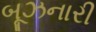
બૂઝનારી